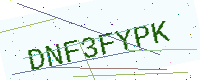
Text: DNF3FYPK